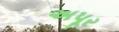
અપૂર